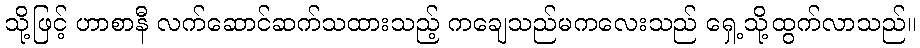
သို့ဖြင့် ဟာစာနီ လက်ဆောင်ဆက်သထားသည့် ကချေသည်မကလေးသည် ရှေ့သို့ထွက်လာသည်။